Jaan_Tonisson_(Lasteleht), lk 119
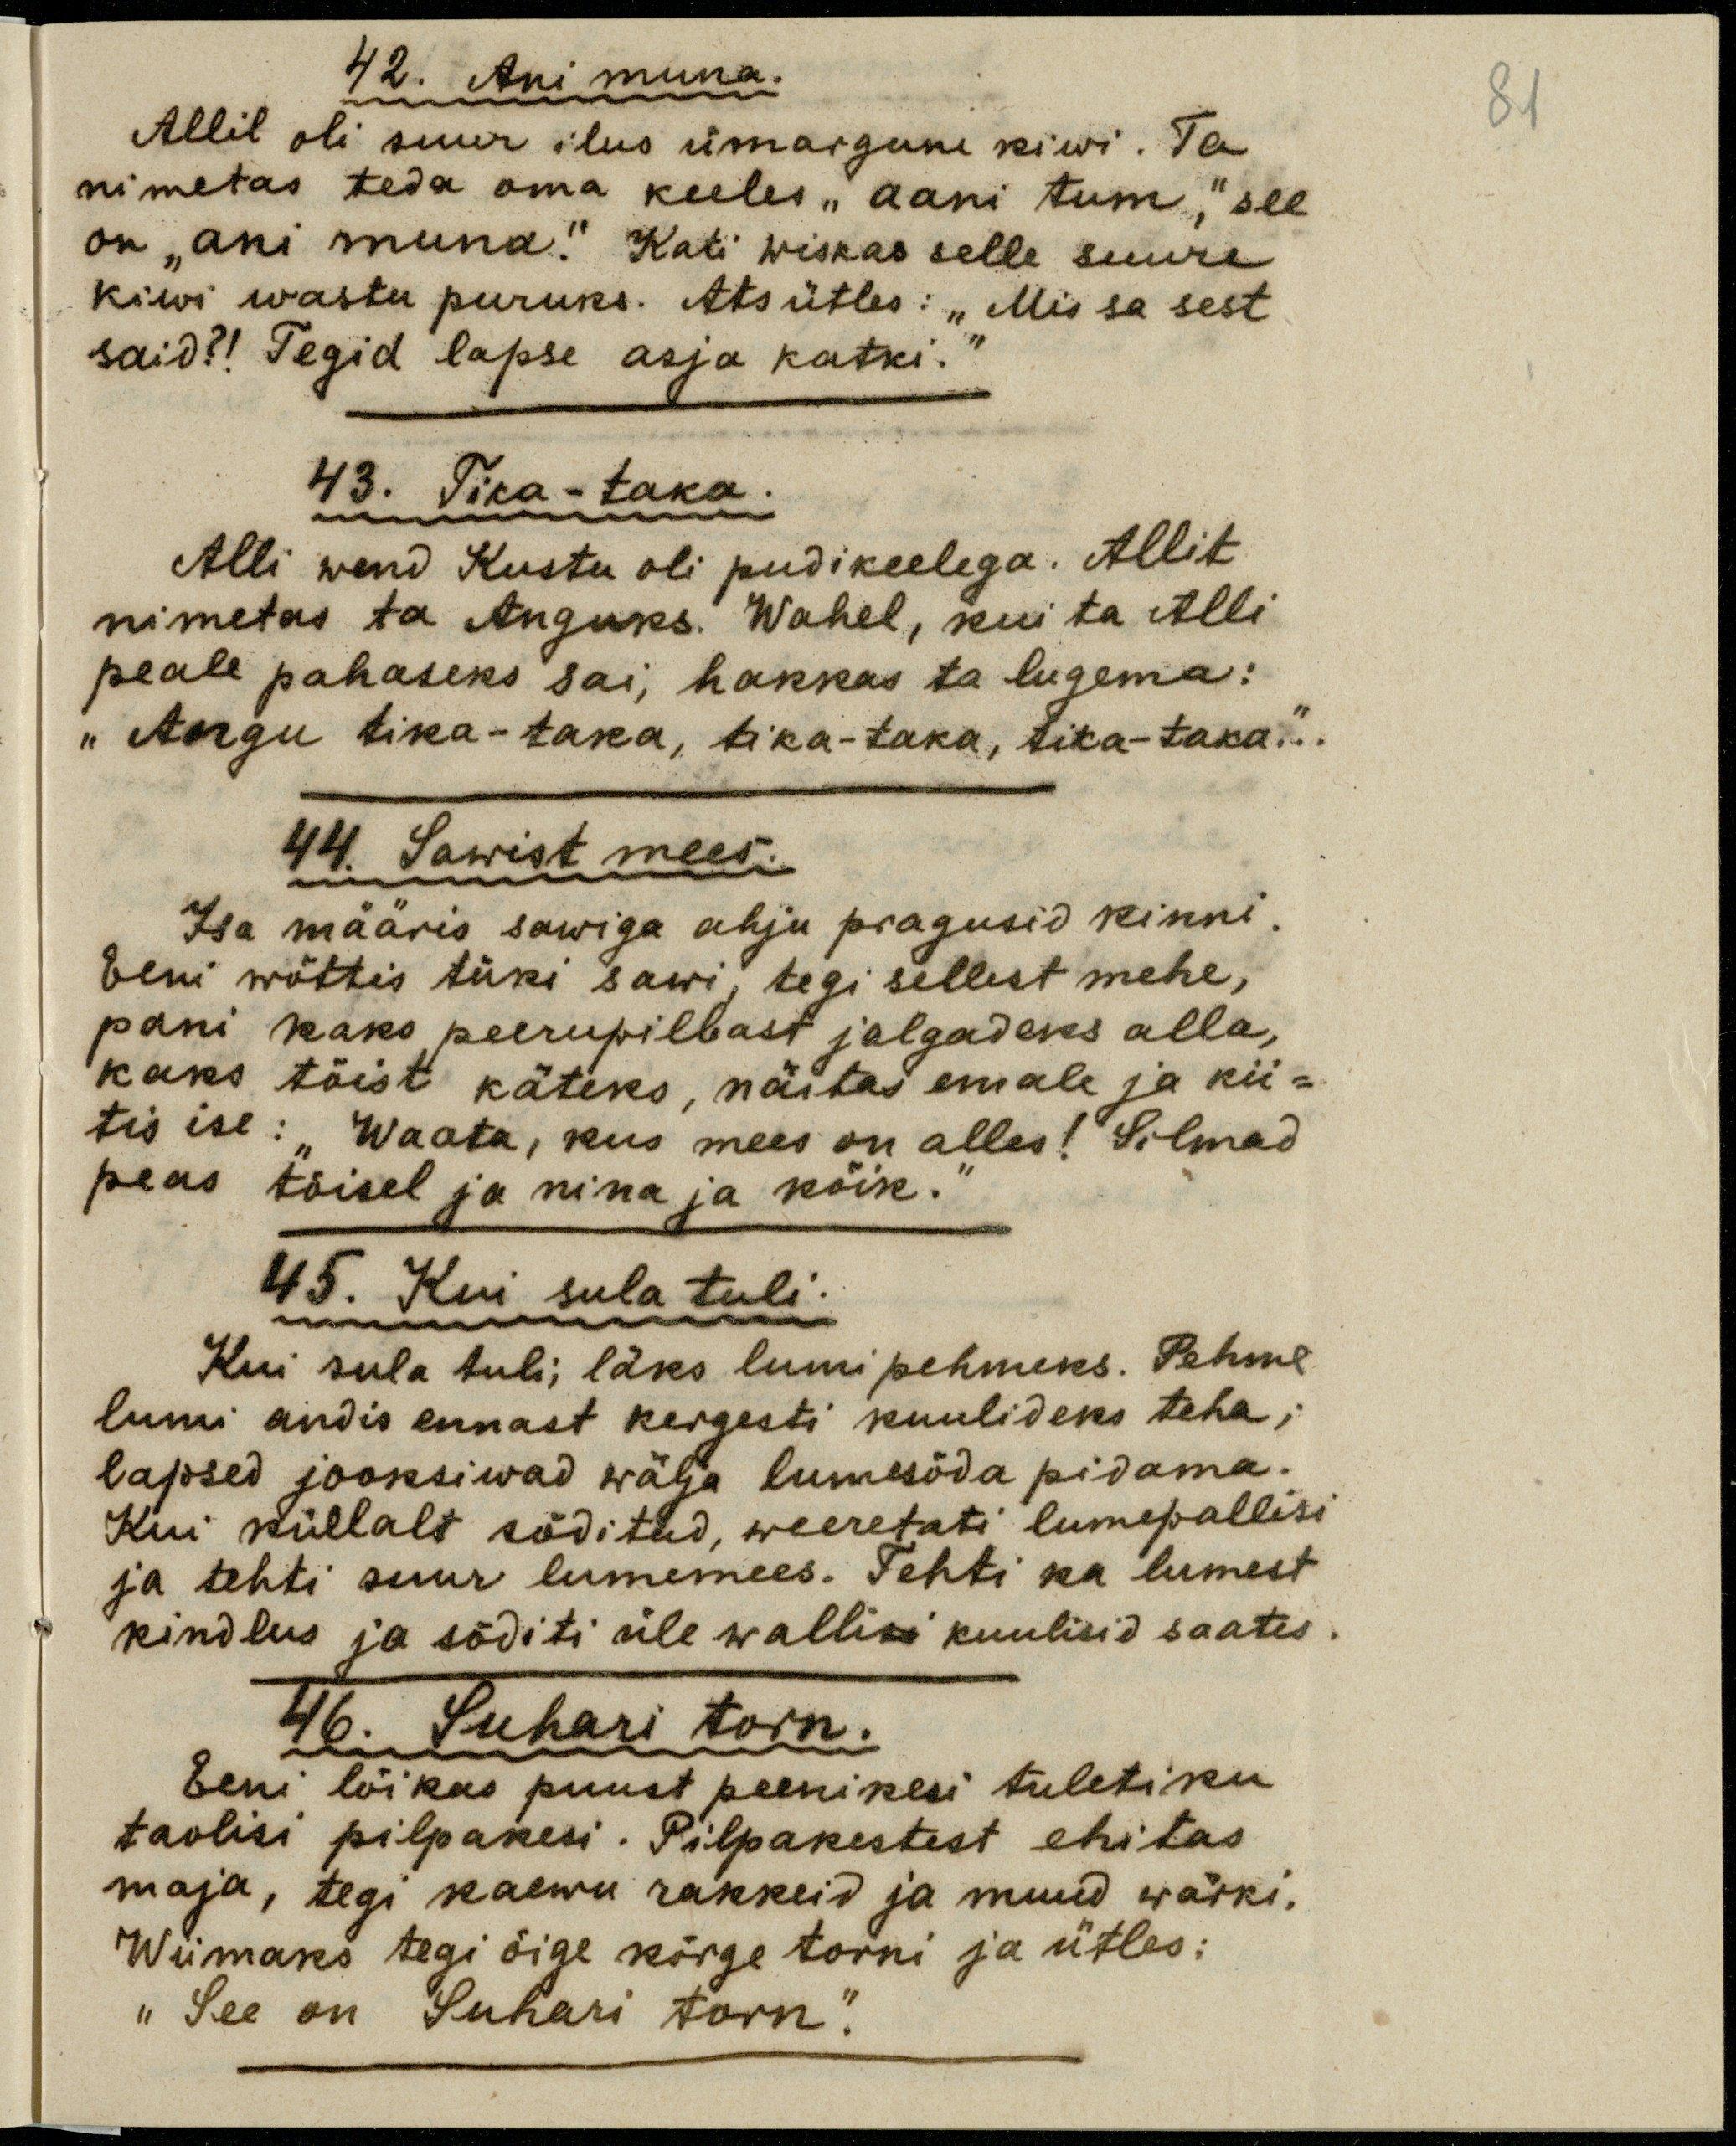
42. Ani muna.
Allil oli suur ilus ümargune kiwi. Ta
nimetas teda oma keeles "aani tum," see
on "ani muna." Kati wiskas selle suure
kiwi wastu puruks. Ats ütles :" Mis sa sest
said?! Tegid lapse asja katki."
43. Tika-Taka.
Alli wend Kustu oli pudikeelega. Allit
nimetas ta Anguks. Wahel, kui ta Alli
peale pahaseks sai, hakkas ta lugema:
" Angu tika-taka, tika-taka, tika-taka ..."
44. Sawist mees.
Isa määris sawiga ahju pragusid kinni.
Eeni wõttis tüki sawi, tegi sellest mehe,
pani kaks peerupilbast jalgadeks alla,
kaks täist käteks, näitas emale ja kii-
tis ise: waata, kus mees on alles! Silmad
peas tõisel ja nina ja kõik."
45. Kui sula tuli.
Kui sula tuli; läks lumi pehmeks. Pehme
lumi andis ennast kergesti kuulideks teha;
lapsed jooksiwad wälja lumesõda pidama.
Kui küllalt sõditud, weeretati lumepallisi
ja tehti suur lumemees. Tehti ka lumest
kindlus ja sõditi üle walli kuulisid saates.
46. Suhari torn.
Eeni lõikas puust peenikesi tuletiku
taolisi pilpakesi. Pilpakestest ehitas
maja, tegi kaewu rakkeid ja muud wärki.
Wiimaks tegi õige kõrge torni ja ütles:
" See on Suhari torn."